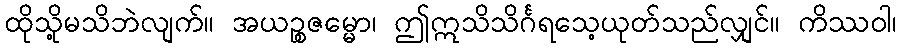
ထိုသို့မသိဘဲလျက်။ အယဉ္စဇမ္မော၊ ဤဣသိသိင်္ဂရသေ့ယုတ်သည်လျှင်။ ကိဿဝါ၊